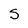
Character: S